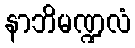
နာဘိမဏ္ဍလံ